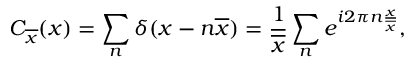
C _ { \overline { { x } } } ( x ) = \sum _ { n } \delta ( x - n \overline { { x } } ) = \frac { 1 } { \overline { { x } } } \sum _ { n } e ^ { i 2 \pi n \frac { x } { \overline { { x } } } } ,